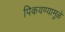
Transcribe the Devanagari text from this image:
पिकवण्यामुळे